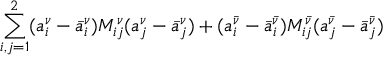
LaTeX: \sum _ { i , j = 1 } ^ { 2 } ( a _ { i } ^ { \nu } - \bar { a } _ { i } ^ { \nu } ) M _ { i j } ^ { \nu } ( a _ { j } ^ { \nu } - \bar { a } _ { j } ^ { \nu } ) + ( a _ { i } ^ { \bar { \nu } } - \bar { a } _ { i } ^ { \bar { \nu } } ) M _ { i j } ^ { \bar { \nu } } ( a _ { j } ^ { \bar { \nu } } - \bar { a } _ { j } ^ { \bar { \nu } } )